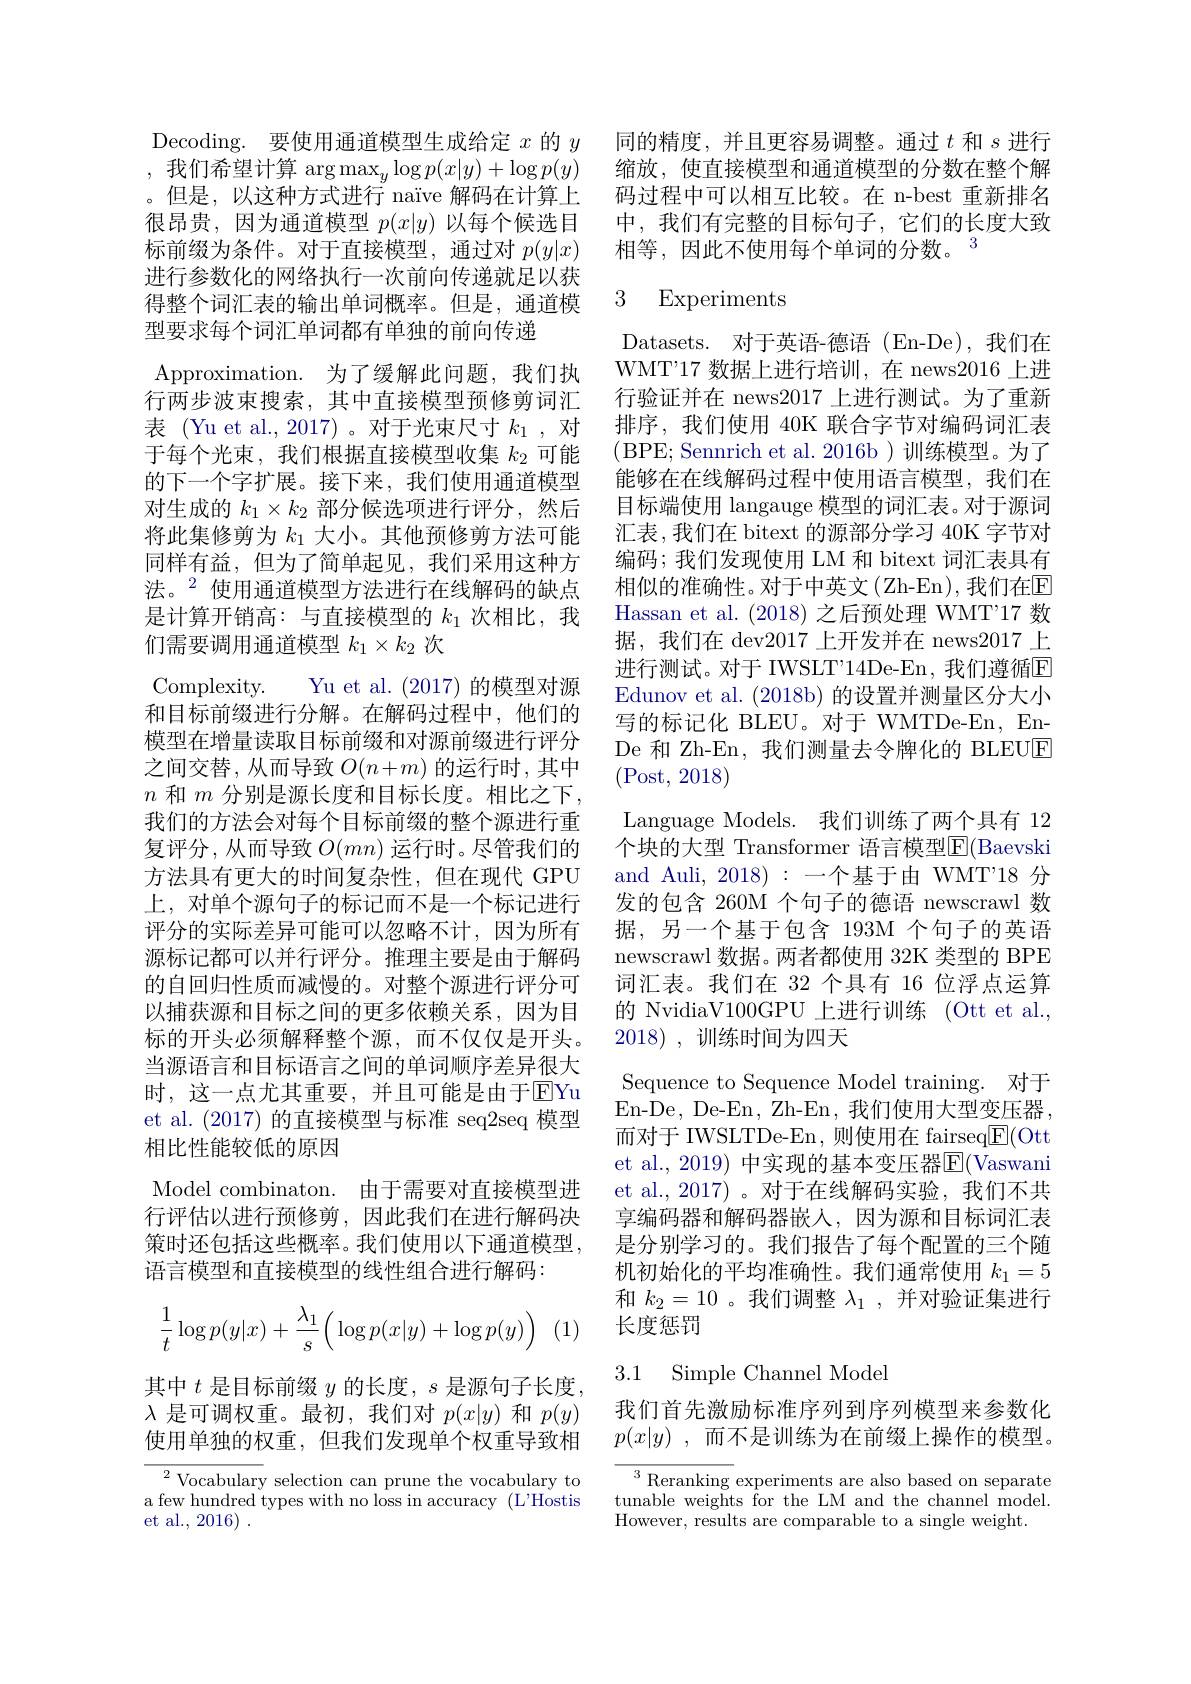
Decoding. 要使用通道模型生成给定$x$的$y$ ,我们希望计算$\arg\max_y\log p(x|y)+\log p(y)$ 。但是，以这种方式进行 naïve 解码在计算上很昂贵，因为通道模型$p(x|y)$以每个候选目标前缀为条件。对于直接模型，通过对$p(y|x)$ 进行参数化的网络执行一次前向传递就足以获得整个词汇表的输出单词概率。但是，通道模型要求每个词汇单词都有单独的前向传递
Approximation. 为了缓解此问题，我们执行两步波束搜索，其中直接模型预修剪词汇表 (Yu et al., 2017)。对于光束尺寸$k_1$,对于每个光束，我们根据直接模型收集$k_{2}$可能的下一个字扩展。接下来，我们使用通道模型对生成的$k_1\times k_2$部分候选项进行评分，然后将此集修剪为$k_1$大小。其他预修剪方法可能同样有益，但为了简单起见，我们采用这种方法。$^{2}$使用通道模型方法进行在线解码的缺点是计算开销高：与直接模型的$k_{1}$次相比，我们需要调用通道模型$k_1\times k_2$次
Complexity. Yu et al. (2017) 的模型对源和目标前缀进行分解。在解码过程中，他们的模型在增量读取目标前缀和对源前缀进行评分之间交替，从而导致$O(n+m)$的运行时，其中$n$和$m$分别是源长度和目标长度。相比之下， 我们的方法会对每个目标前缀的整个源进行重复评分，从而导致$O(mn)$运行时。尽管我们的方法具有更大的时间复杂性，但在现代 GPU 上，对单个源句子的标记而不是一个标记进行评分的实际差异可能可以忽略不计，因为所有源标记都可以并行评分。推理主要是由于解码的自回归性质而减慢的。对整个源进行评分可以捕获源和目标之间的更多依赖关系，因为目标的开头必须解释整个源，而不仅仅是开头。当源语言和目标语言之间的单词顺序差异很大时，这一点尤其重要，并且可能是由于$\overline{\mathrm{E}}$Yu et al. (2017)的直接模型与标准 seq2seq 模型相比性能较低的原因
Model combinaton. 由于需要对直接模型进行评估以进行预修剪，因此我们在进行解码决策时还包括这些概率。我们使用以下通道模型， 语言模型和直接模型的线性组合进行解码：
$$\dfrac{1}{t}\log p(y|x)+\dfrac{\lambda_1}{s}\Big(\log p(x|y)+\log p(y)\Big)$$
(1)

其中$t$是目标前缀$y$的长度，$s$是源句子长度$\lambda$是可调权重。最初，我们对$p(x|y)$和$p(y)$ 使用单独的权重，但我们发现单个权重导致相

${}^{2}{\text{Vocabulary selection can prune the vocabulary to}}$ a few hundred types with no loss in accuracy (L'Hostis et al., 2016) .

同的精度，并且更容易调整。通过$t$和$s$进行缩放，使直接模型和通道模型的分数在整个解码过程中可以相互比较。在 n-best 重新排名中，我们有完整的目标句子，它们的长度大致相等，因此不使用每个单词的分数。$^{3}$

### 3 Experiments

Datasets. 对于英语-德语 (En-De),我们在WMT'17 数据上进行培训，在 news2016 上进行验证并在 news2017 上进行测试。为了重新排序，我们使用 40K 联合字节对编码词汇表(BPE; Sennrich et al. 2016b)训练模型。为了能够在在线解码过程中使用语言模型，我们在目标端使用 langauge 模型的词汇表。对于源词汇表，我们在 bitext 的源部分学习 40K 字节对编码；我们发现使用 LM 和 bitext 词汇表具有相似的准确性。对于中英文(Zh-En),我们在$\mathbb{E}$ Hassan et al. (2018)之后预处理 WMT'17 数据，我们在 dev2017 上开发并在 news2017 上进行测试。对于 IWSLT'14De-En, 我们遵循E Edunov et al. (2018b) 的设置并测量区分大小写的标记化 BLEU。对于 WMTDe-En, EnDe 和 Zh-En, 我们测量去令牌化的 BLEUE (Post,2018)
Language Models. 我们训练了两个具有 12个块的大型 Transformer 语言模型$\mathbb{E}($Baevski and Auli, 2018):一个基于由 WMT'18 分发的包含 260M 个句子的德语 newscrawl 数据，另一个基于包含 193M 个句子的英语newscrawl 数据。两者都使用 32K 类型的 BPE 词汇表。我们在 32 个具有 16 位浮点运算的 NvidiaV100GPU 上进行训练 (Ott et al., 2018) ,训练时间为四天
Sequence to Sequence Model training. 对于En-De, De-En, Zh-En, 我们使用大型变压器， 而对于 IWSLTDe-En, 则使用在 fairseq$\underline{\mathrm{E}}($Ott et al., 2019) 中实现的基本变压器E(Vaswani et al.,2017)。对于在线解码实验，我们不共享编码器和解码器嵌人，因为源和目标词汇表是分别学习的。我们报告了每个配置的三个随机初始化的平均准确性。我们通常使用$k_{1}=5$ 和$k_2=10$ 。我们调整$\lambda_1$,并对验证集进行长度惩罚
3.1 Simple Channel Mode

我们首先激励标准序列到序列模型来参数化$p( x| y)$ ,而不是训练为在前缀上操作的模型。

$^3$Reranking experiments are also based on separate tunable weights for the LM and the channel model. However, results are comparable to a single weight.